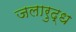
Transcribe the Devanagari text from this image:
जलारुद्ध